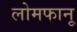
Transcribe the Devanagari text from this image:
लोमफानू